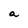
Character: a